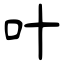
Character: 叶